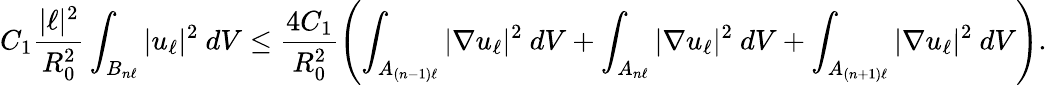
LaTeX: C_{1}\frac{|\ell|^{2}}{R_{0}^{2}}\int_{B_{n\ell}}|u_{\ell}|^{2}\ dV\leq\frac{4C_{1}}{R_{0}^{2}}\left(\int_{A_{(n-1)\ell}}|\nabla u_{\ell}|^{2}\ dV+\int_{A_{n\ell}}|\nabla u_{\ell}|^{2}\ dV+\int_{A_{(n+1)\ell}}|\nabla u_{\ell}|^{2}\ dV\right).